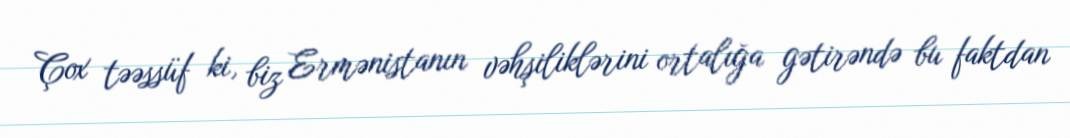
Çox təəssüf ki, biz Ermənistanın vəhşiliklərini ortalığa gətirəndə bu faktdan